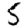
Digit: 5